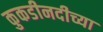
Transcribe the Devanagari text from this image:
कुकडीनदीच्या